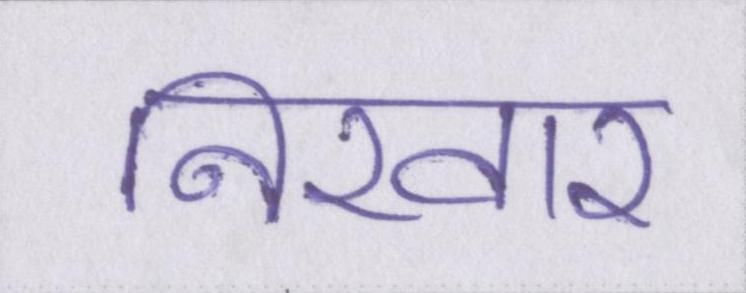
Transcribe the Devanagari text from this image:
निखार